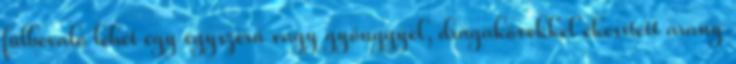
fülbevaló lehet egy egyszerű vagy gyönggyel, drágakövekkel ékesített arany